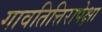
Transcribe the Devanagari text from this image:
गावतित्तिरापेक्षा